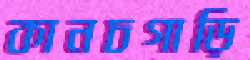
কানচগাড়ি